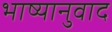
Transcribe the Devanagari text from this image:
भाष्यानुवाद